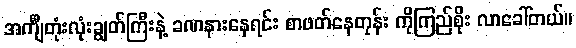
အင်္ကျီတုံးလုံးချွတ်ကြီးနဲ့ ခဏနားနေရင်း စာဖတ်နေတုန်း ကိုကြည်စိုး လာခေါ်တယ်။